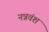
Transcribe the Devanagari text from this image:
नन्नवंश